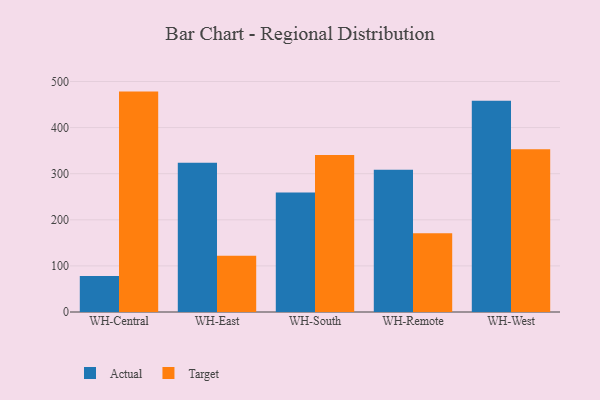
{"axis": {"x": "Warehouse", "y": "Inventory Turnover"}, "legend": ["Actual", "Target"], "data": [{"x": "WH-Central", "y": 78.0, "type": "Actual"}, {"x": "WH-Central", "y": 478.1, "type": "Target"}, {"x": "WH-East", "y": 323.5, "type": "Actual"}, {"x": "WH-East", "y": 122.0, "type": "Target"}, {"x": "WH-South", "y": 259.4, "type": "Actual"}, {"x": "WH-South", "y": 340.7, "type": "Target"}, {"x": "WH-Remote", "y": 308.5, "type": "Actual"}, {"x": "WH-Remote", "y": 170.6, "type": "Target"}, {"x": "WH-West", "y": 458.2, "type": "Actual"}, {"x": "WH-West", "y": 353.0, "type": "Target"}]}